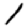
Digit: 1